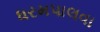
ધરમપાલવા